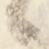
候